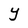
Character: Y